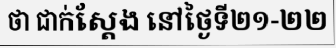
ថា ជាក់ស្តែង នៅថ្ងៃទី២១-២២